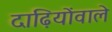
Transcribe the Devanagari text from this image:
दाढ़ियोंवाले